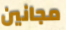
مجانين